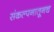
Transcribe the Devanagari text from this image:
संकल्पनातूनच